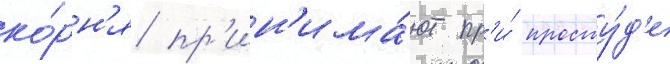
ко́рн'я пр'ин'има́ют пр'и́ просту́д'е